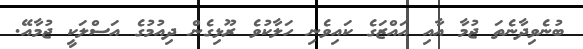
ބުނެވިދާނެތަ ޖުމާ އާއި އައްޒަގެ ކައިވެނި ހަލާކުވެ ރޫޅިގެން ދިއުމުގެ އަސްލަކީ ޖުމާއޭ.